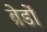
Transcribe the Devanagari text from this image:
ब्रेडों